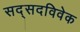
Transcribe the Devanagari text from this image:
सद्सदविवेक